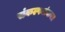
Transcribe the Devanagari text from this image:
संकल्पनांबाबत